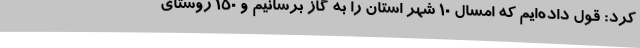
کرد: قول داده‌ایم که امسال 10 شهر استان را به گاز برسانیم و 150 روستای